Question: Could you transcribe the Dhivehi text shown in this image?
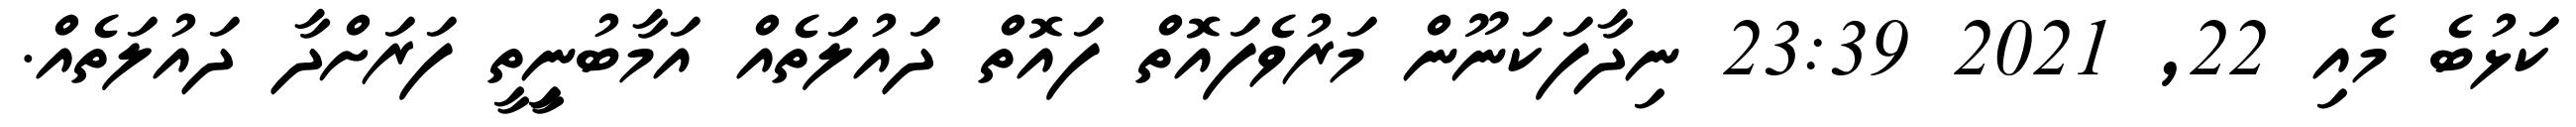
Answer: ކަޅުބެ މެއި 22, 2021 23:39 ނިދާފަކަނޫން މަރުވެފައޮތް ފައޮތް ދައުލަތެއް އަމާބުނީިތީ ފަރަށްދާ ދައުލަތެއް.